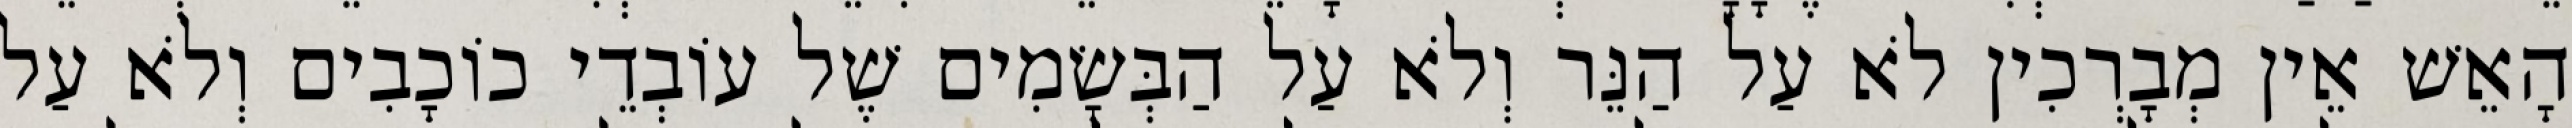
הָאֵשׁ אֵין מְבָרְכִין לֹא עַל הַנֵּר וְלֹא עַל הַבְּשָׂמִים שֶׁל עוֹבְדֵי כוֹכָבִים וְלֹא עַל